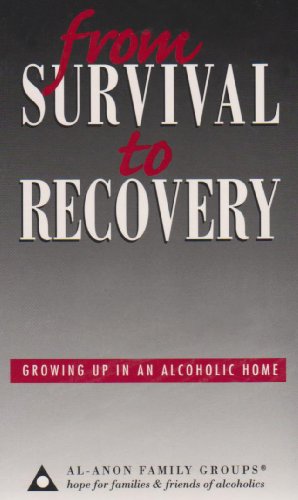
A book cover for From Survival to Recovery: Growing Up in an Alcoholic Home; Al-Anon Family Group Head Inc; Health, Fitness & Dieting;